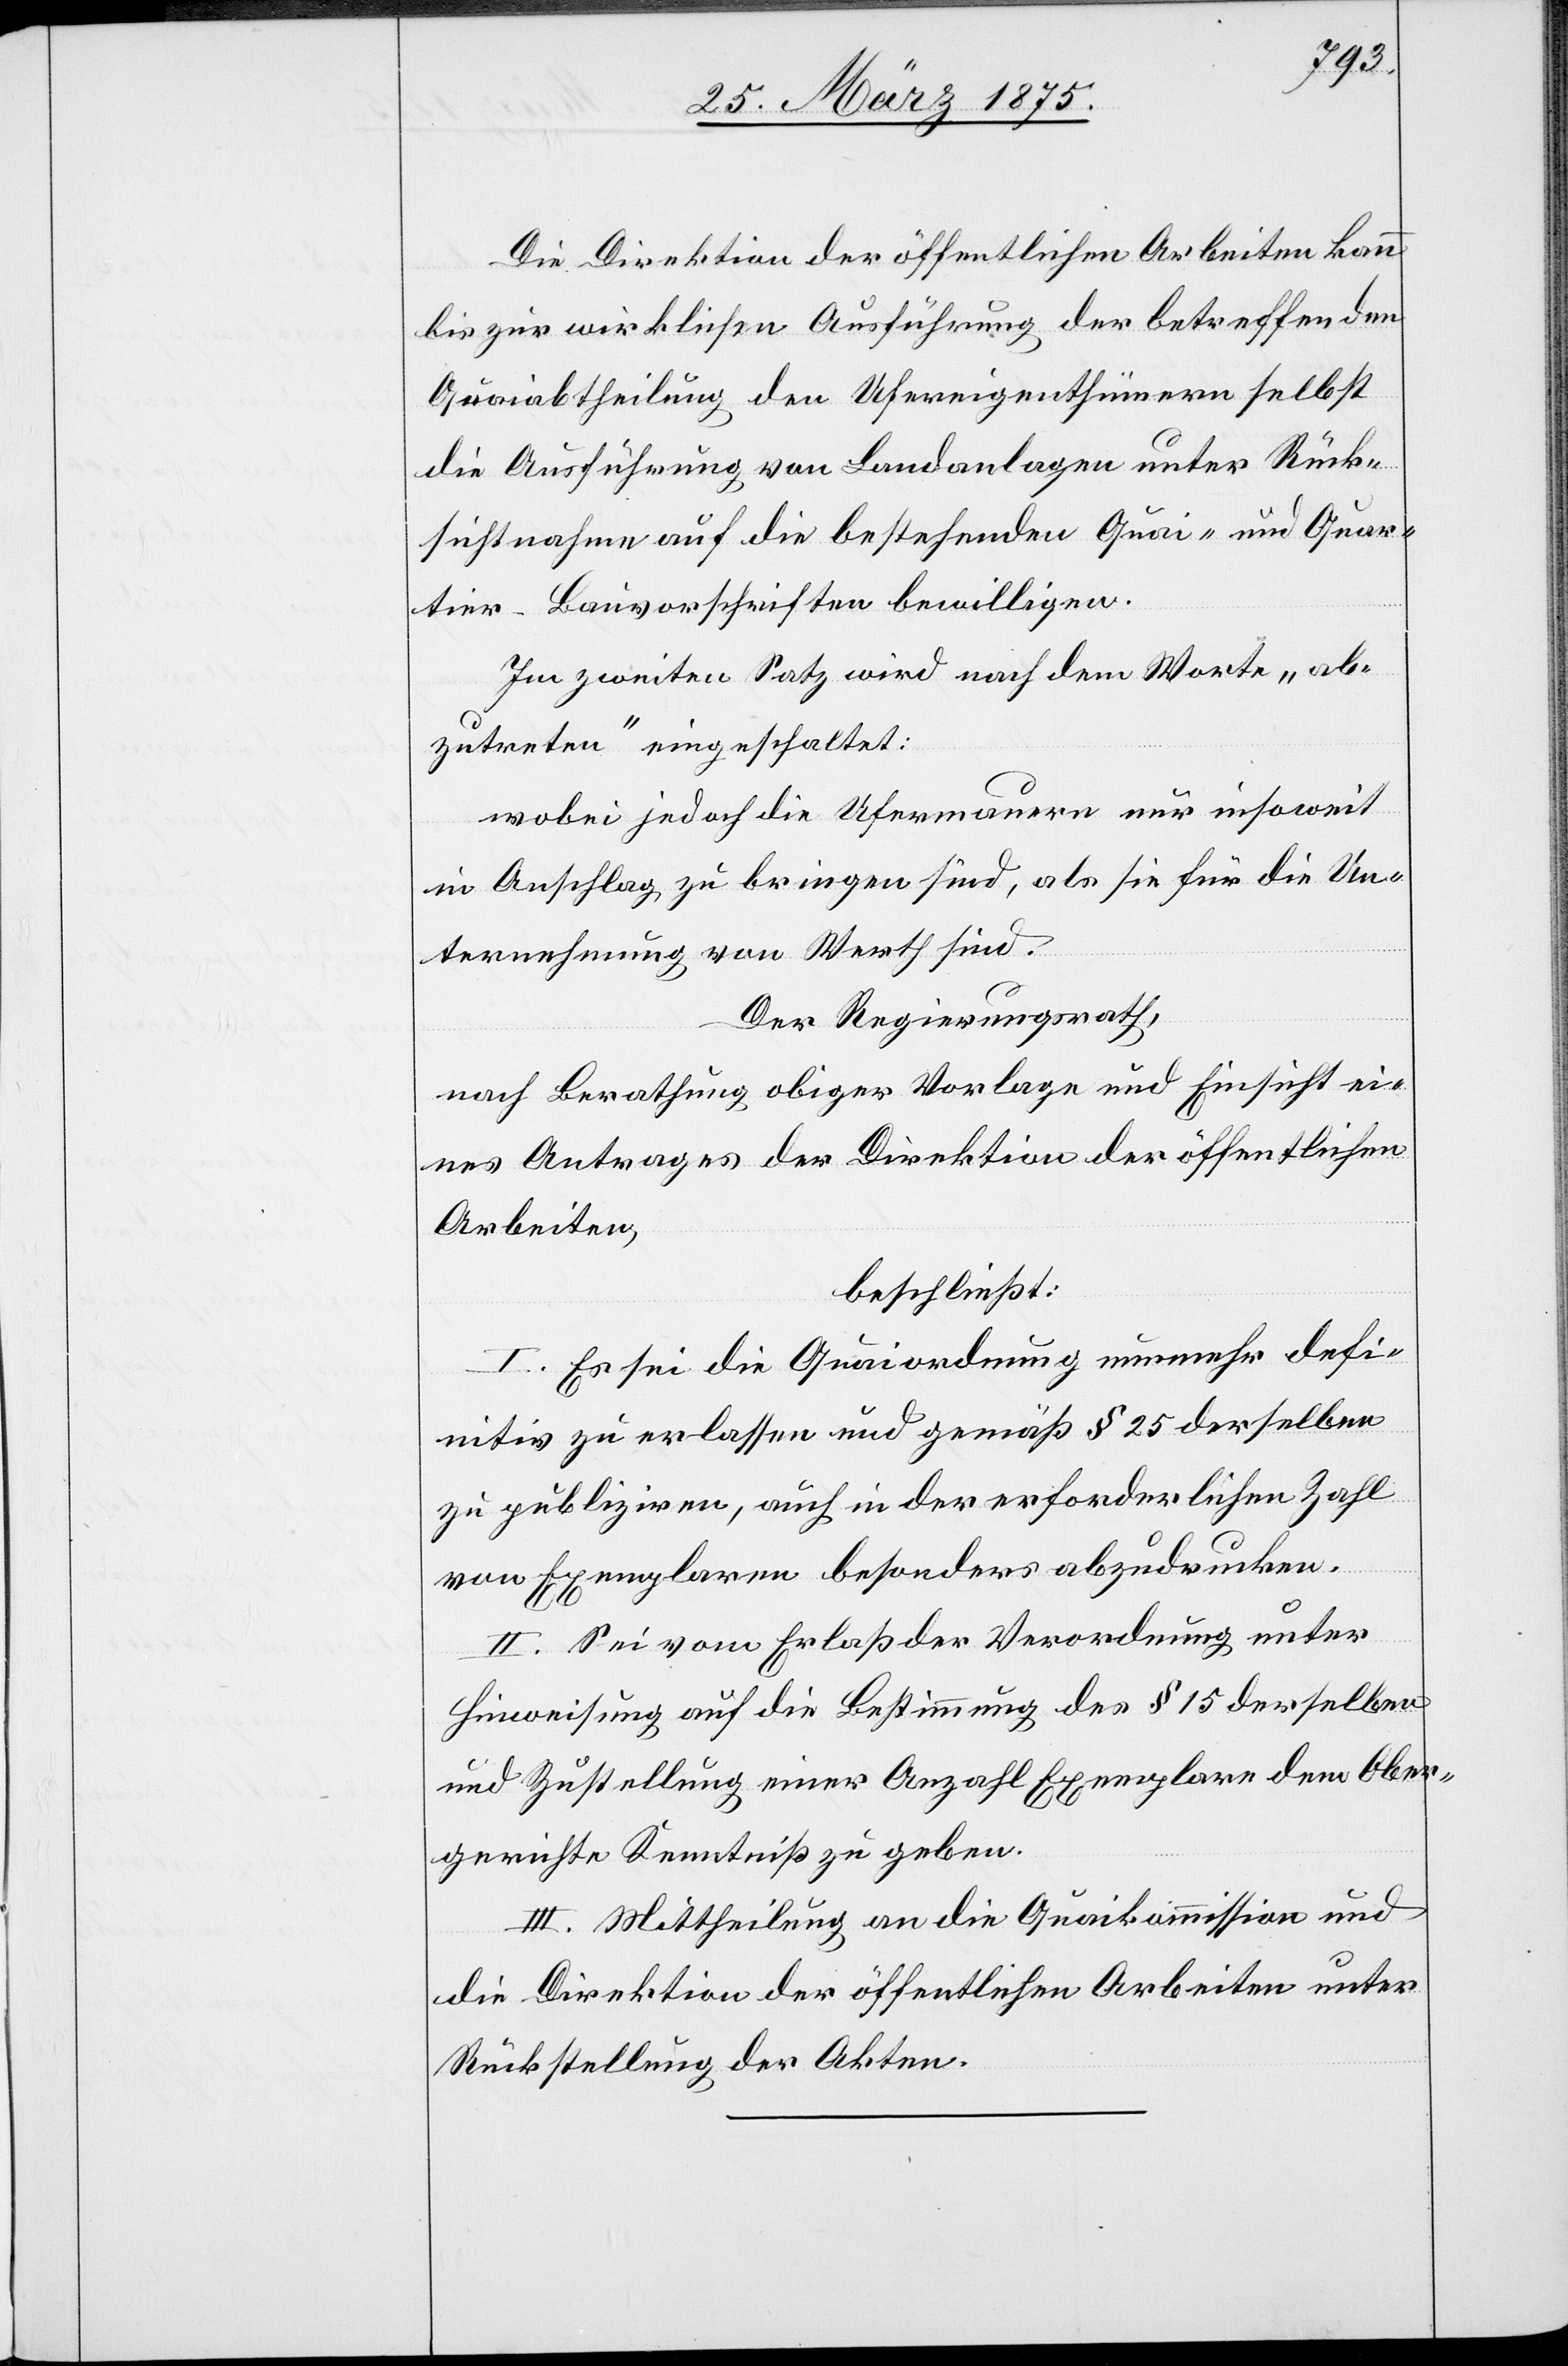
Die Direktion der öffentlichen Arbeiten kann
bis zur wirklichen Ausführung der betreffenden
Quaiabtheilung den Ufereigenthümern selbst
die Ausführung von Landanlagen unter Rück¬
sichtnahme auf die bestehenden Quai- und Quar¬
tier-Bauvorschriften bewilligen.
Im zweiten Satz wird noch dem Worte „ab¬
zutreten“ eingeschaltet:
wobei jedoch die Ufermauer nur insoweit
in Anschlag zu bringen sind, als sie für die Un¬
ternehmung von Werth sind.
Der Regierungsrath,
nach Berathung obiger Vorlage und Einsicht ei¬
nes Antrages der Direktion der öffentlichen
Arbeiten,
beschließt:
I. Es die Quaiordnung nunmehr defi¬
nitiv zu erlassen und gemäß § 25 derselben
zu publizieren, auch in der erforderlichen Zahl
von Exemplaren besonders abzudrucken.
II. Sei vom Erlaß der Verordnung unter
Hinweisung auf die Bestimmung des § 15 derselben
und Zustellung einer Anzahl Exemplare dem Ober¬
gerichte Kenntniß zu geben.
III. Mittheilung an die Quaikommission und
die Direktion der öffentlichen Arbeiten unter
Rückstellung der Akten.